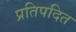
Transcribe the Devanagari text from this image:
प्रतिपदित